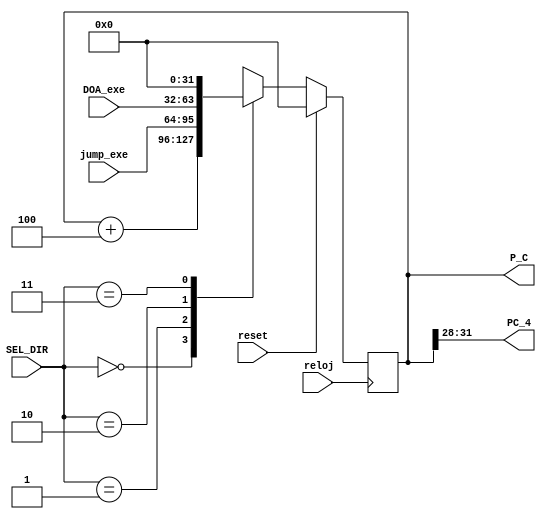
`timescale 1ns / 1ps
//////////////////////////////////////////////////////////////////////////////////
// Company:
// Engineer:
// Design Name:
// Module Name: fetch
//////////////////////////////////////////////////////////////////////////////////


module fetch(
  input wire [31:0] DOA_exe,
  input wire reloj,reset,
  input [1:0] SEL_DIR,
  input [31:0] jump_exe,
  output wire [31:0] P_C,
  output [3:0] PC_4
  );


  reg [31:0] PC = 32'd0;


  ////// mux SEL_DIR
  always @(posedge reloj)
  if (reset)
    begin
        PC <= 32'd0;
    end
  else
    begin
        case (SEL_DIR)
         2'b00: PC <= PC + 32'd4;
         2'b01: PC <= jump_exe;
         2'b10: PC <= DOA_exe;
         2'b11: PC <= 32'd0;
        endcase
    end


    assign P_C = PC;
    assign PC_4 = P_C[31:28];


endmodule